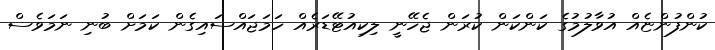
ކުންފުންޏެއް އުވާލުމުގެ ކަންކަން ކުރަން ޖެހޭނީ ލިކިއުޓޭޑަރެއް ހަމަޖައްސައިގެން ކަމަށް ބުނި ނަމަވެސް